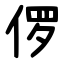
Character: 㑩